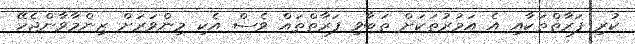
ކުރި ފަރާތްތަކާއި އެ އަމުރުތަކަށް ތަބާވި ފަރާތްތައް ވެސް އެކި މިންވަރަށް ޒިންމާވާންޖެހޭ